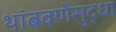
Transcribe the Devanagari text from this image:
थांबवणेसुद्धा